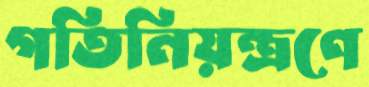
গতিনিয়ন্ত্রণে